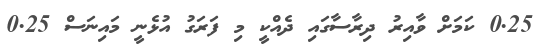
0.25 ކަމަށް ވާއިރު ދިރާސާގައި ދެއްކީ މި ފަރަގު އުޅެނީ މައިނަސް 0.25